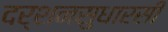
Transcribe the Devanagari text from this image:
दर्शनसुधारसी